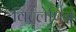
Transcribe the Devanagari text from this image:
विल्लेपिन